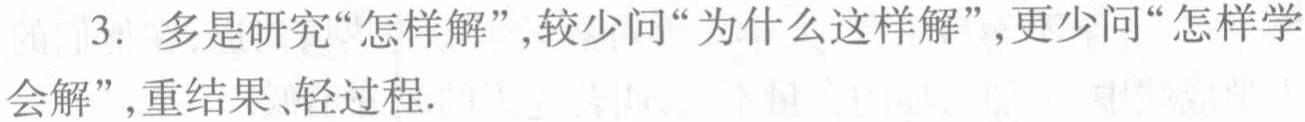
3. 多是研究“怎样解”，较少问“为什么这样解”，更少问“怎样学会解”，重结果、轻过程.